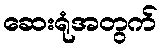
ဆေးရုံအတွက်